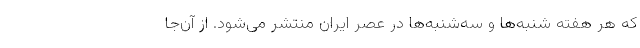
که هر هفته شنبه‌ها و سه‌شنبه‌ها در عصر ایران منتشر می‌شود. از آن‌جا